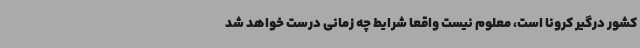
کشور درگیر کرونا است، معلوم نیست واقعا شرایط چه زمانی درست خواهد شد